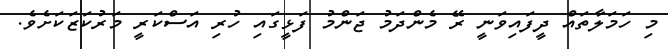
މި ހަމަލާތައް ދީފައިވަނީ ރޭ މެންދަމު ޖަންމު ފަޅީގައި ހުރި އަސްކަރީ މަރުކަޒަކަށެވެ.